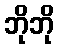
ဘိုဘို